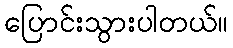
ပြောင်းသွားပါတယ်။